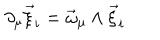
LaTeX: \partial _ { \mu } \vec { \xi } _ { i } = \vec { \omega } _ { \mu } \wedge \vec { \xi } _ { i }